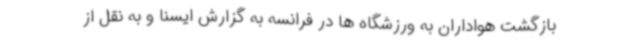
بازگشت هواداران به ورزشگاه ها در فرانسه به گزارش ایسنا و به نقل از